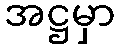
အဋ္ဌမှာ